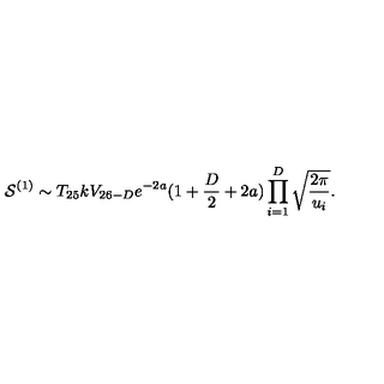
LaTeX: { \cal S } ^ { ( 1 ) } \sim T _ { 2 5 } k V _ { 2 6 - D } e ^ { - 2 a } ( 1 + \frac { D } { 2 } + 2 a ) \prod _ { i = 1 } ^ { D } \sqrt { \frac { 2 \pi } { u _ { i } } } .